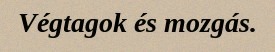
Végtagok és mozgás.